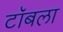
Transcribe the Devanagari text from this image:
टॉबला